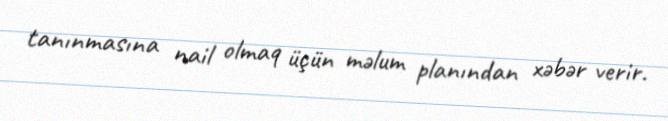
tanınmasına nail olmaq üçün məlum planından xəbər verir.